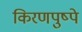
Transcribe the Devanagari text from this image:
किरणपुष्पे